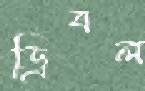
ড্রিবল